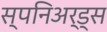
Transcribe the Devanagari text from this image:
स्पनिअर्ड्स